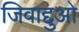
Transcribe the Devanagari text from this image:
जिवाद्दुओ